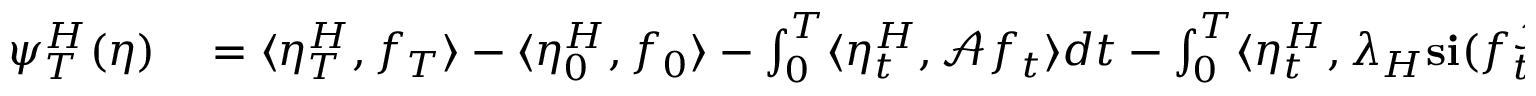
\begin{array} { r l } { \psi _ { T } ^ { H } ( \eta ) } & { { } = \langle \eta _ { T } ^ { H } , f _ { T } \rangle - \langle \eta _ { 0 } ^ { H } , f _ { 0 } \rangle - \int _ { 0 } ^ { T } \langle \eta _ { t } ^ { H } , \mathcal { A } f _ { t } \rangle d t - \int _ { 0 } ^ { T } \langle \eta _ { t } ^ { H } , \lambda _ { H } \mathbf { s } \mathbf { i } ( f _ { t } ^ { \mathcal { I } } - f _ { t } ) \rangle d t } \end{array}